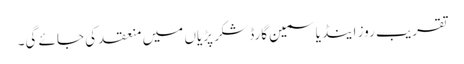
تقریب روز اینڈ یاسمین گارڈ شکر پڑیاں میں منعقد کی جائے گی۔